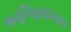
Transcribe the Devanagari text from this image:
ऋतुनिवृत्तीनंतर